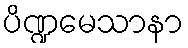
ပိဏ္ဍမေသာနာ